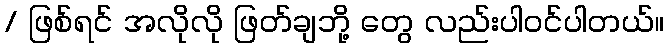
/ ဖြစ်ရင် အလိုလို ဖြတ်ချဘို့ တွေ လည်းပါဝင်ပါတယ်။